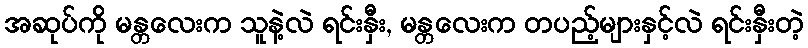
အဆုပ်ကို မန္တလေးက သူနဲ့လဲ ရင်းနှီး, မန္တလေးက တပည့်များနှင့်လဲ ရင်းနှီးတဲ့